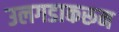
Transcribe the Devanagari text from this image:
उलगडाकरून